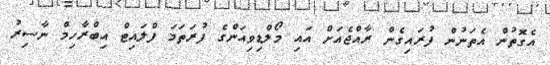
އެގޮތުން އެތަނުން ފުރައިގެން ރާއްޖެއަށް އައި މޯލްޑިވިއަންގެ ފުރަތަމަ ފްލައިޓް އިބްރާހިމް ނާސިރު